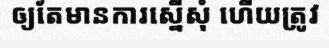
ឲ្យតែមានការស្នើសុំ ហើយត្រូវ